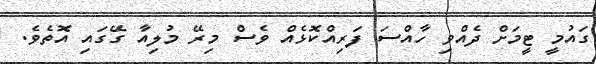
ގައުމީ ޓީމަށް ދެއްވި ހާއްސަ ފަރިއްކޮޅެއް ވެސް މިރޭ މުލިއާ ގޭގައި އޮތެވެ.